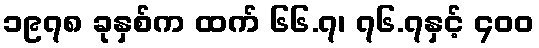
၁၉၇၈ ခုနှစ်က ထက် ၆၆.၇၊ ၇၆.၇နှင့် ၄၀၀